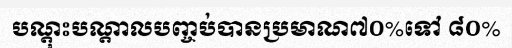
បណ្តុះបណ្តាលបញ្ចប់បានប្រមាណ៧០%ទៅ ៨០%